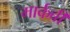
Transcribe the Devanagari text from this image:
मार्कबी